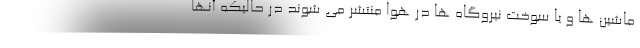
ماشین ها و یا سوخت نیروگاه ها در هوا منتشر می شوند در حالیکه آنها